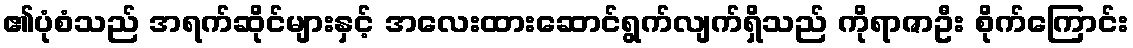
၏ပုံစံသည် အရက်ဆိုင်များနှင့် အလေးထားဆောင်ရွက်လျက်ရှိသည် ကိုရာဇာဦး စိုက်ကြောင်း